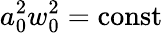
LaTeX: a_{0}^{2}w_{0}^{2}=\mathrm{const}